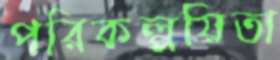
পরিকল্পয়িতা